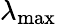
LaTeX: \lambda_{\mathrm{max}}